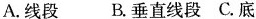
A.线段B.垂直线段C.底